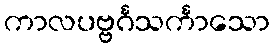
ကာလပဗ္ဗင်္ဂသင်္ကာသော